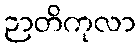
ဉာတိကုလာ